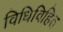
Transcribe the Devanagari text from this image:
विधिविहित